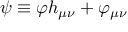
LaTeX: \psi \equiv \varphi h _ { \mu \nu } + \varphi _ { \mu \nu }